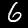
Label: 6